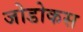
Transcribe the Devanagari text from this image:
जोडोकस